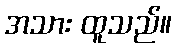
အသား ထူသည်။